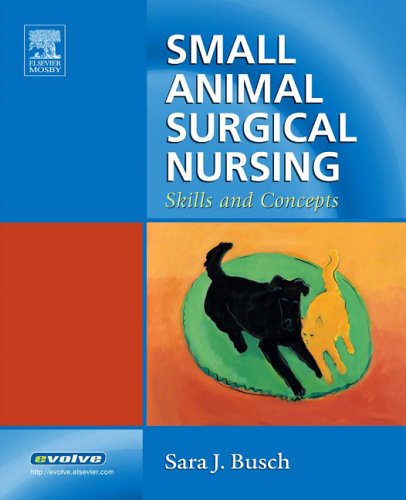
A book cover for Small Animal Surgical Nursing: Skills and Concepts, 1e; Sara J. Busch DVM; Medical Books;